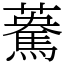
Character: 𩤯